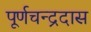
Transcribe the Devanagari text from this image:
पूर्णचन्द्रदास